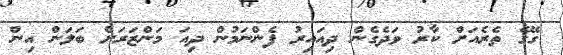
ގޭގެ ތެރެއަށް ކާރު ވަދެގެން ދިއައިރު ފެންނަމުން ދިއަ މަންޒަރަށް ބަލަން އިން